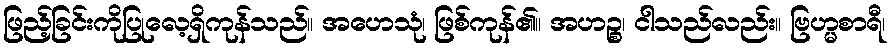
ဖြည့်ခြင်းကိုပြုလေ့ရှိကုန်သည်။ အဟေသုံ၊ ဖြစ်ကုန်၏။ အဟဉ္စ၊ ငါသည်လည်း။ ဗြဟ္မစာရီ၊